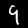
Digit: 9